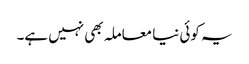
یہ کوئی نیا معاملہ بھی نہیں ہے۔